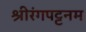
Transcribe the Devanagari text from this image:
श्रीरंगपट्टनम